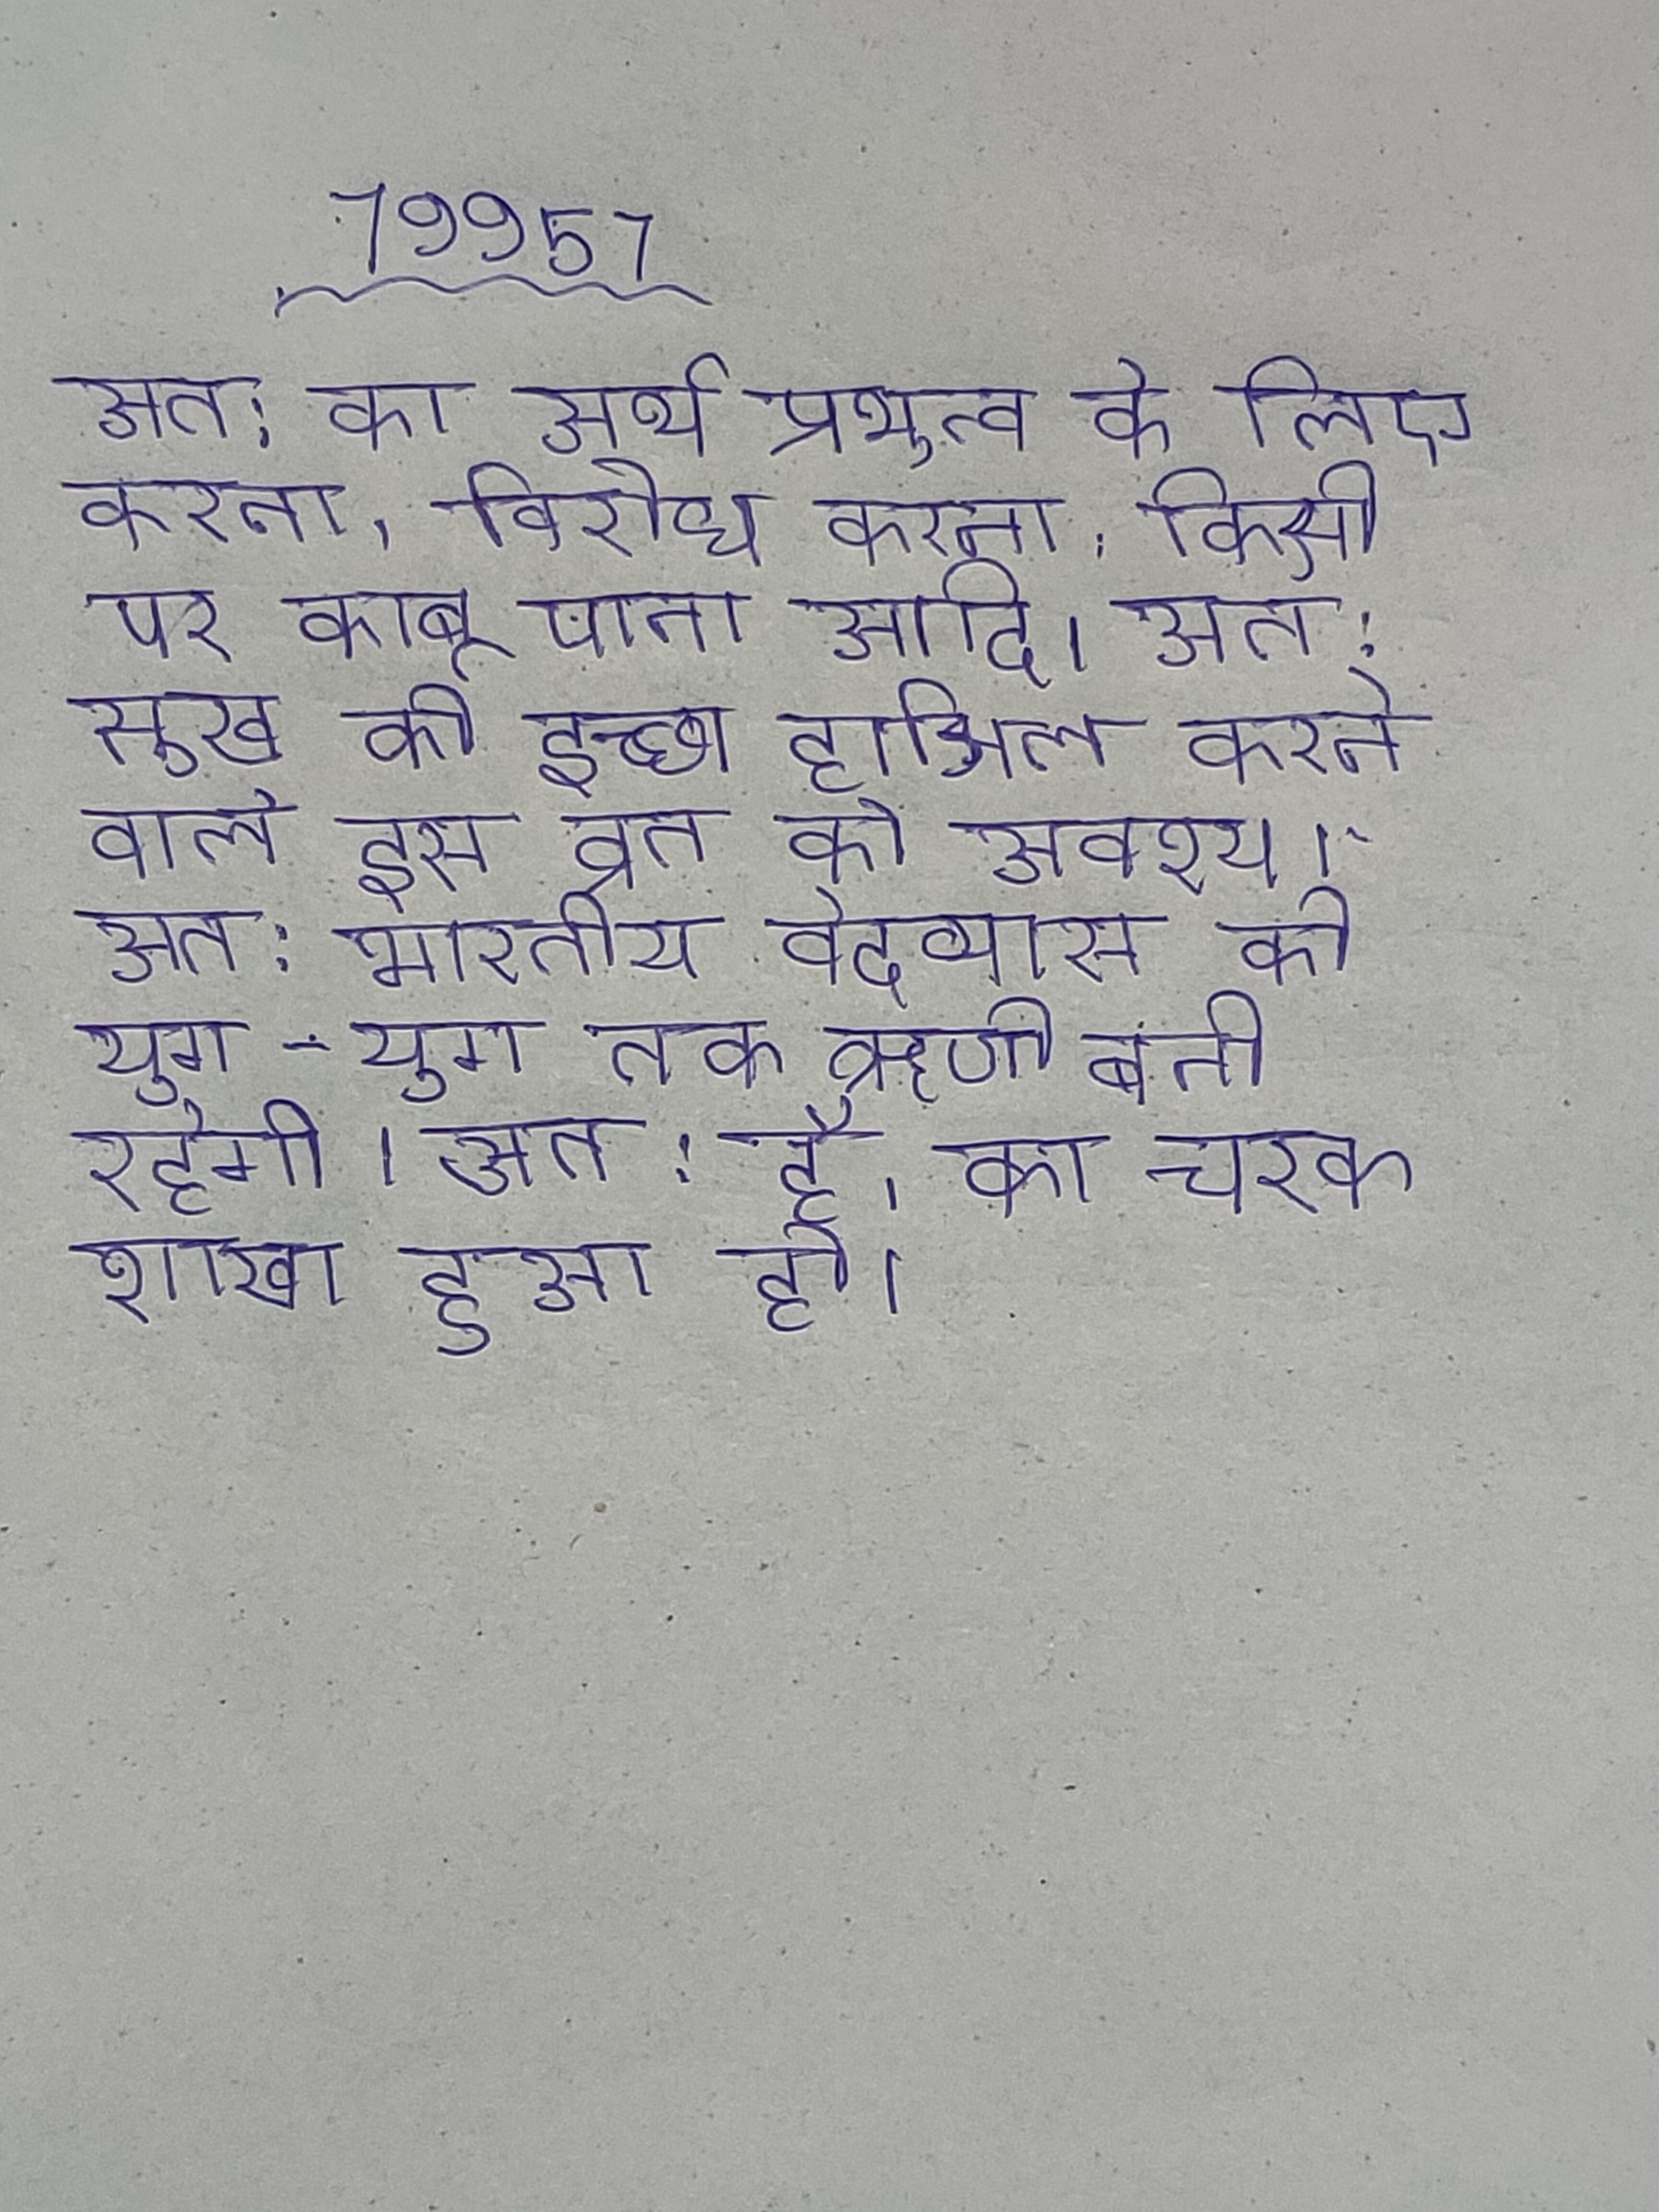
अत: का अर्थ प्रभुत्व के लिए करना, विरोध करना, किसी पर काबू पाना आदि । अत: सुख की इच्छा हासिल करने वाले इस व्रत को अवश्य । अत: भारतीय वेदव्यास की युग-युग तक ऋणी बनी रहेगी । अत: है, का चरक शाखा हुआ हो ।